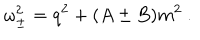
\omega _ { \pm } ^ { 2 } = q ^ { 2 } + ( A \pm B ) m ^ { 2 } \ .